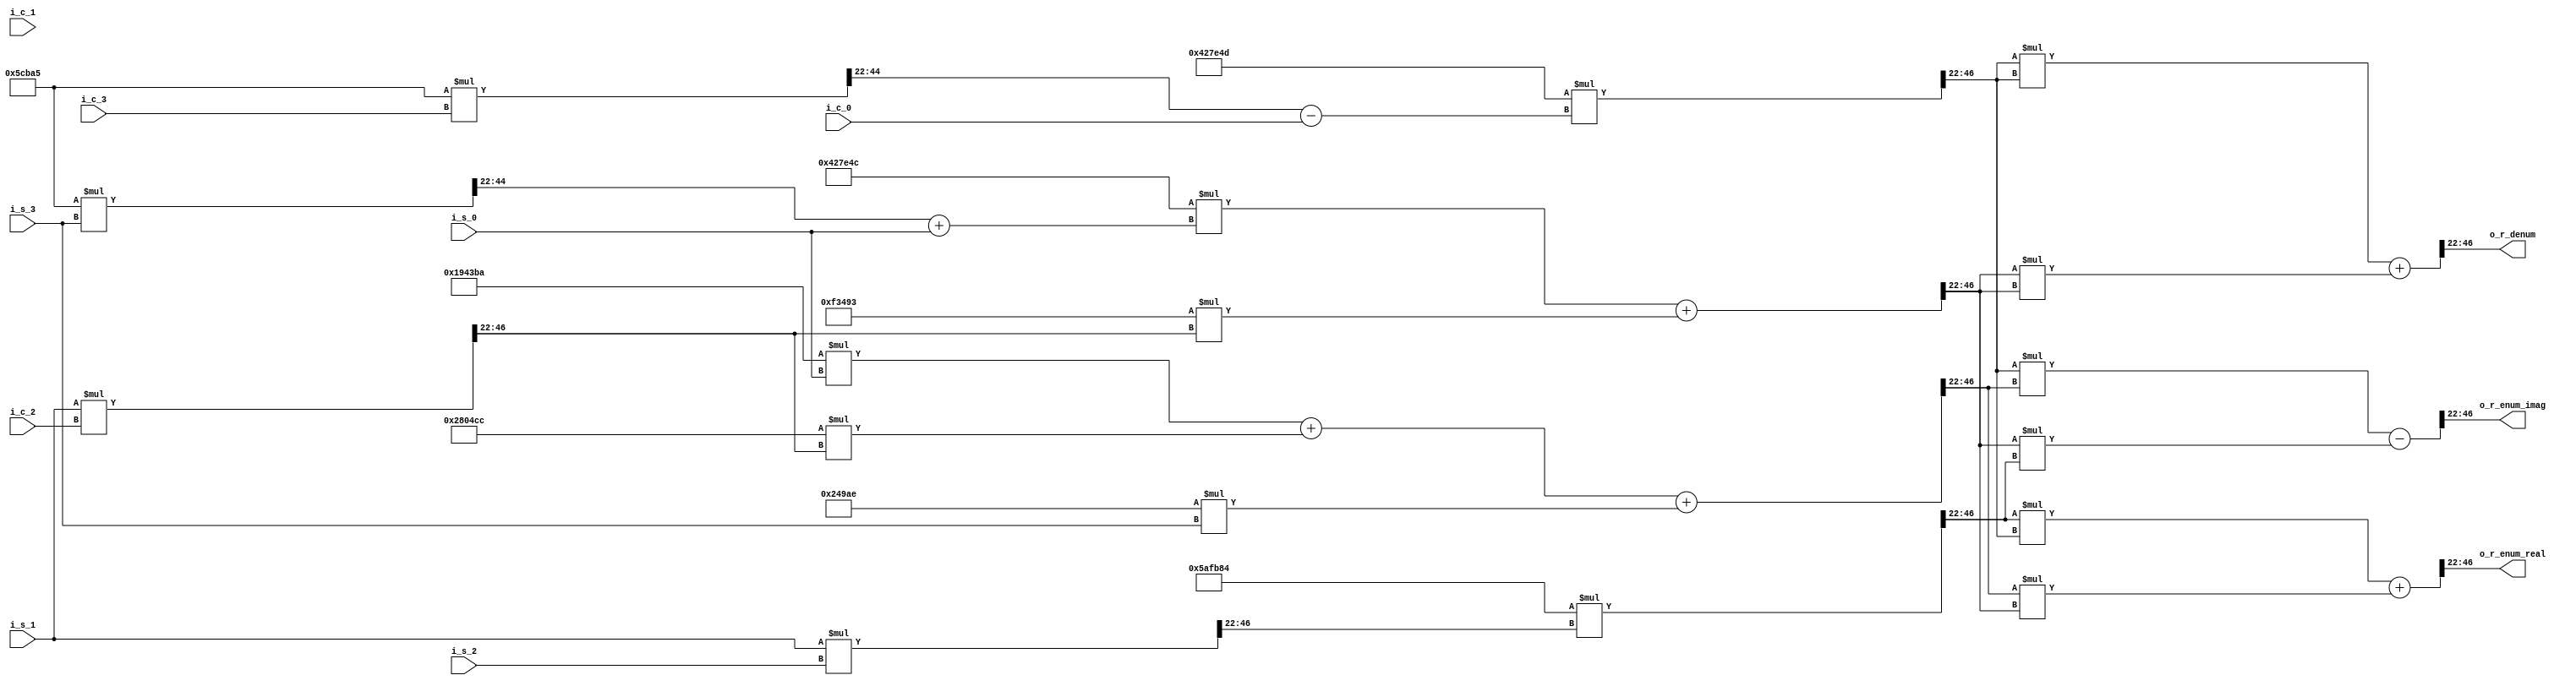
`timescale 1ns / 1ps


module combine
	#(parameter p = 22)(
    input wire signed [3+p-1:0] i_s_0, i_c_0, i_s_1, i_c_1, i_s_2, i_c_2, i_s_3, i_c_3, //  3Qp
    //input wire clk,
	output wire signed [3+p-1:0] o_r_enum_real, o_r_enum_imag, o_r_denum //  3Qp
	);
    
    wire signed [25-1:0] c0, c1, c2, c3, c4, c5, c6, c7;
	wire signed [3+p-1:0] c0_p, c1_p, c2_p, c3_p, c4_p, c5_p, c6_p, c7_p;
	wire signed [2*3+2*p-1:0] m_12_r, m_22_r, m_12_i, m_22_i, r_enum_real, r_enum_imag, r_denum; // 6Q(2*p)
	wire signed [3+p-1:0] m_12_r_pw, m_22_r_pw, m_12_i_pw, m_22_i_pw;
	
	assign c0 = 25'b111_0110101111101110000100; // -0.5783987651272869 3Q22
	assign c1 = 25'b000_0110010100001110111010; // 0.39475871488622216 3Q22
	assign c2 = 25'b000_1010000000010011001100; // 0.625292920983037 3Q22
	assign c3 = 25'b000_0000100100100110101110; // 0.03574721937867608 3Q22
	assign c4 = 25'b000_0001011100101110100101; // 0.09055460470069467 3Q22
	assign c5 = 25'b111_0000100111111001001101; // -0.9610413892553445 3Q22
	assign c6 = 25'b001_0000100111111001001100; // 1.0389586107446553 3Q22
	assign c7 = 25'b000_0011110011010010010011; // 0.2375838915640707 3Q22
	
	assign c0_p = c0[25-1:(25-3)-p];
	assign c1_p = c1[25-1:(25-3)-p];
	assign c2_p = c2[25-1:(25-3)-p];
	assign c3_p = c3[25-1:(25-3)-p];
	assign c4_p = c4[25-1:(25-3)-p];
	assign c5_p = c5[25-1:(25-3)-p];
	assign c6_p = c6[25-1:(25-3)-p];
	assign c7_p = c7[25-1:(25-3)-p];
    
	
	/* debugging
    integer file;
	reg [7:0] log_cntr = 8'b0;
	initial begin
		file = $fopen("display_output_combine.txt","w");
	end
	
	always @(posedge clk) begin
		$fwrite(file, "i_s_0: %b, i_c_0: %b, i_s_1: %b, i_c_1: %b, i_s_2: %b, i_c_2: %b, i_s_3: %b, i_c_3: %b\n", i_s_0, i_c_0, i_s_1, i_c_1, i_s_2, i_c_2, i_s_3, i_c_3);
		$fwrite(file, "m_12_i, %b\n", m_12_i);
		$fwrite(file, "m_22_i, %b\n", m_22_i);
		$fwrite(file, "m_12_r, %b\n", m_12_r);
		$fwrite(file, "m_22_r, %b\n", m_22_r);
		$fwrite(file, "m_12_i_pw, %b\n", m_12_i_pw);
		$fwrite(file, "m_12_r_pw, %b\n", m_12_r_pw);
		$fwrite(file, "o_r_denum, %b\n", o_r_denum);
		$fwrite(file, "m_r_enum_real, %b\n", m_r_enum_real);
		$fwrite(file, "m_r_enum_imag, %b\n", m_r_enum_imag);
		$fwrite(file, "clk cycle %b done \n\n", log_cntr);
		log_cntr <= log_cntr + 1;
	end
	
	always @(log_cntr) begin
		$display("log_cntr: %b", log_cntr);
		if (log_cntr == 8'b00001100)
			$fclose(file);
			//log_cntr <= 8'b0;
	end
	*/
	
	wire signed [2*3+2*p-1:0] d0, d1, d2, d3; // 6Q(2p)
	wire signed [3+p-1:0] d0_pw, d1_pw, d2_pw, d3_pw; // 6Q(2p)
	assign d0 = i_s_1 * i_c_2;
	assign d1 = i_s_1 * i_s_2;
	assign d2 = c4_p * i_c_3;
	assign d3 = c4_p * i_s_3;
	
	assign d0_pw = d0[3+2*p:p];
	assign d1_pw = d1[3+2*p:p];
	assign d2_pw = d2[3+2*p:p];
	assign d3_pw = d3[3+2*p:p];
	
	assign m_12_r = c0_p * d1_pw;
	assign m_12_i = c1_p * i_s_0 + c2_p * d0_pw + c3_p * i_s_3;
	
	assign m_22_r = c5_p * (d2_pw - i_c_0);
	assign m_22_i = c6_p * (d3_pw + i_s_0) + c7_p * d0_pw;
	
	assign m_12_r_pw = m_12_r[3+2*p:p];
	assign m_22_r_pw = m_22_r[3+2*p:p];
	assign m_12_i_pw = m_12_i[3+2*p:p];
	assign m_22_i_pw = m_22_i[3+2*p:p];
	
	assign r_enum_real = m_12_r_pw * m_22_r_pw + m_12_i_pw * m_22_i_pw;
	assign r_enum_imag = m_22_r_pw * m_12_i_pw - m_22_i_pw * m_12_r_pw;
	
	assign r_denum = m_22_r_pw * m_22_r_pw + m_22_i_pw * m_22_i_pw;
	
	assign o_r_enum_real = r_enum_real[3+2*p:p];
	assign o_r_enum_imag = r_enum_imag[3+2*p:p];
	
	assign o_r_denum = r_denum[3+2*p:p];
	
endmodule